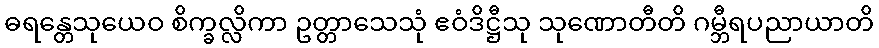
ဓရန္တေသုယေဝ စိက္ခလ္လိကာ ဥတ္တာသေသုံ ဧဝံဒိဋ္ဌီသု သုဏောတီတိ ဂမ္ဘီရပညာယာတိ